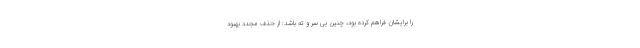
را برایشان فراهم کرده بود، چنین بی سر و ته باشد: از حذف مجدد بهبود